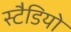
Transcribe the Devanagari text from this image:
स्टैडियो